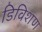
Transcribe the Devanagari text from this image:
डिविशण